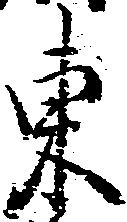
東